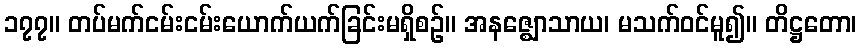
၁၇၇။ တပ်မက်ငမ်းငမ်းယောက်ယက်ခြင်းမရှိစဉ်။ အနဇ္ဈောသာယ၊ မသက်ဝင်မူ၍။ တိဋ္ဌတော၊